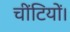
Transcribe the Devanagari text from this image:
चींटियों।